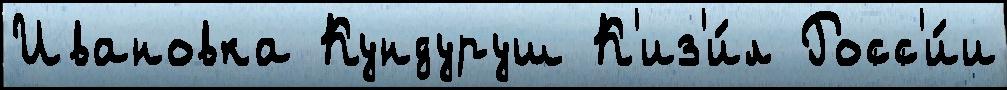
Ивановка Кундуруш К'из'и́л Росс'и́и